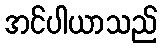
အင်ပါယာသည်